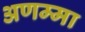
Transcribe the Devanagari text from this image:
अणम्मा